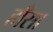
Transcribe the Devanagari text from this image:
हाँसा